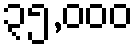
၃၅,၀၀၀